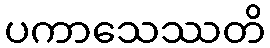
ပကာသေဿတိ